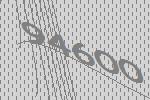
94600